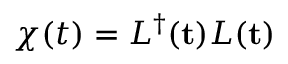
\chi ( t ) = L ^ { \dagger } ( { \mathbf t } ) L ( { \mathbf t } )